Report on vaccination in Madras 1904-1921 - 1904-1921
Year: 1904
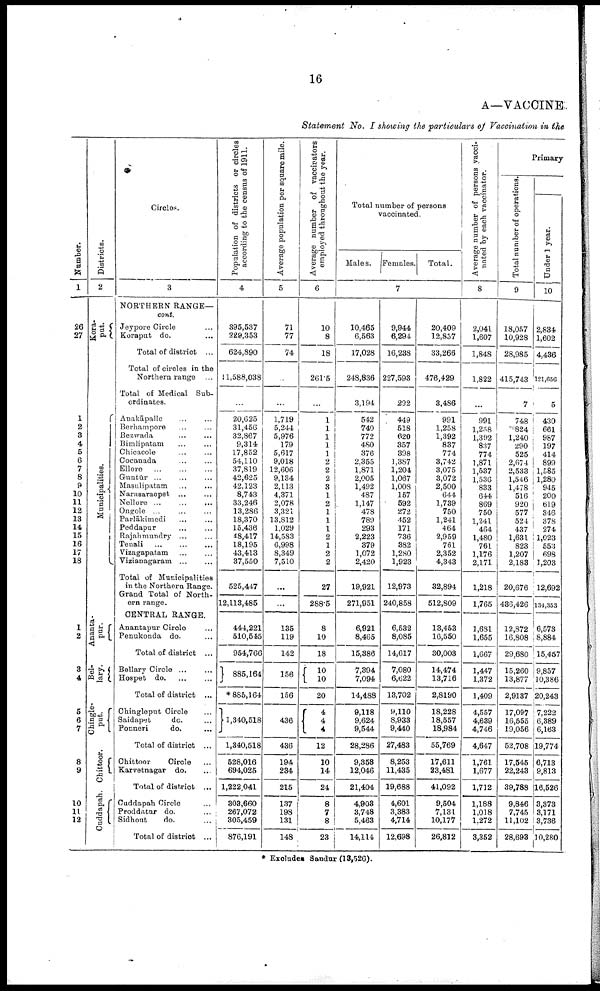
16
A—VACCINE
Statement No. I showing the particulars of Vaccination in the
Number.
1
26
27
1
2
3
4
5
6
7
8
9
10
11
12
13
14
15
16
17
18
1
2
3
4
5
6
7
8
9
10
11
12
Districts.
2
Kora¬
put.
Municipalities.
Ananta¬
pur.
Bel¬
lary.
Chingle¬
put.
Chittoor.
Cuddapah.
Circles.
3
NORTHERN RANGE—
cont.
Jeypore Circle ...
Koraput do. ...
Total of district ...
Total of circles in the
Northern range ...
Total of Medical Sub
ordinates.
Anakāpalle ... ...
Berhampore ... ...
Bezwada ... ...
Bimlipatam ... ...
Chicacole ... ...
Cocanada ... ...
Ellore
...
...
...
Guntūr
...
...
...
Masulipatam ... ...
Narasaraopet ... ...
Nellore ...
...
...
Ongrole ... ... ...
Parlākimedi ... ...
Peddapur ... ...
Rajahmundry ... ...
Tenali
...
...
...
Vizagapatam ... ...
Vizianagaram
...
...
Total of Municipalities
in the Northern Range.
Grand Total of North¬
ern range.
CENTRAL RANGE.
Anantapur Circle ...
Penukonda do. ...
Total of district ...
Bellary Circle
...
...
Hospet d
o
. ... ...
Total of district ...
Chingleput Circle ...
Saidapet
do. ...
Ponneri
do.
...
Total of district ...
Chittoor
Circle ...
Karvetnagar do. ...
Total of district ...
Cuddapah Circle ...
Proddatur do. ...
Sidhout
do. ...
Total of district ...
Population of districts or circles
according to the census of 1911.
4
395,537
229,353
624,890
11,588,038
...
20,625
31,456
32,867
9,314
17,852
54,110
37,819
42,625
42,123
8,743
33,246
13,286
18,370
15,436
48,417
18,195
43,413
37,550
525,447
12,113,485
444,221
510,545
954,766
885,164
*885,164
1,340,518
1,340,518
528,016
694,025
1,222,041
303,660
267,072
305,459
876,191
Average population per square mile.
5
71
77
74
...
...
1,719
5,244
5,976
179
5,617
9,018
12,606
9,134
2,113
4,371
2,078
3,321
13,812
1,029
14,583
6,998
8,349
7,510
...
...
135
119
142
156
156
436
436
194
234
215
137
198
131
148
Average number of vaccinators
employed throughout the year.
6
10
8
18
261.5
...
1
1
1
1
1
2
2
2
3
1
2
1
1
1
2
1
2
2
27
288.5
8
10
18
10
10
20
4
4 4
12
10
14
21
8
7
8
23
Total number of persons
vaccinated.
Males. Females.
Total.
7
10,465
6,563
17,028
248,836
3,194
542
740
772
480
376
2,355
1,871
2,005
1,492
487
1,147
478
789
293
2,223
379
1,072
2,420
19,921
271,951
6,921
8,465
15,386
7,394
7,094
14,488
9,118
9,624
9,544
28,286
9,358
12,046
21,404
4,903
3,748
5,463
14,114
9,944
6,294
16,238
227,593
292
449
518
620
357
398
1,387
1,204
1,067
1,008
157
592
272
452
171
736
382
1,280
1,923
12,973
240,858
6,532
8,085
14,617
7,080
6,622
13,702
9,110
8,933
9,440
27,483
8,253
11,435
19,688
4,601
3,383
4,714
12,698
20,409
12,857
33,266
476,429
3,486
991
1,258
1,392
837
774
3,742
3,075
3,072
2,500
644
1,739
750
1,241
464
2,959
761
2,352
4,343
32,894
512,809
13,453
16,550
30,003
14,474
13,716
2,8190
18,228
18,557
18,984
55,769
17,611
23,481
41,092
9,504
7,131
10,177
26,812
Average number of persons vacci
nated by each vaccinator.
8
2,041
1,607
1,848
1,822
...
991
1,258
1,392
837
774
1,871
1,537
1,536
833
644
869
750
1,241
464
1,480
761
1,176
2,171
1,218
1,765
1,681
1,655
1,667
1,447
1,372
1,409
4,557
4,639
4,746
4,647
1,761
1,677
1,712
1,188
1,018
1,272
3,352
Primary
Total number of operations.
9
18,057
10,928
28,985
415,743
7
748
824
1,240
290
525
2,674
2,533
1,546
1,478
516
920
577
524
437
1,631
823
1,207
2,183
20,676
436,426
12,872
16,808
29,680
15,260
13,877
2,9137
17,097
16,555
19,056
52,708
17,545
22,243
39,788
9,846
7,745
11,102
28,693
Under 1 year.
10
2,834
1,602
4,436
121,656
5
430
661
987
197
414
899
1,585
1,280
945
200
619
346
378
274
1,023
553
698
1,203
12,692
131,353
6,573
8,884
15,457
9,857
10,386
20,243
7,222
6,389
6,163
19,774
6,713
9,813
16,526
3,373
3,171
3,736
10,280
* Excludes Sandur (13,526).